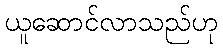
ယူဆောင်လာသည်ဟု